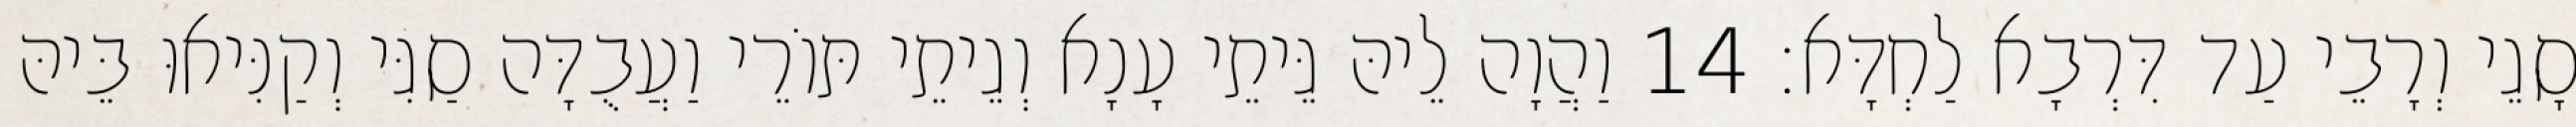
סָגֵי וְרָבֵי עַד דִּרְבָא לַחְדָּא׃ 14 וַהֲוָה לֵיהּ גֵּיתֵי עָנָא וְגֵיתֵי תּוֹרֵי וַעֲבֻדָּה סַגִּי וְקַנִּיאוּ בֵּיהּ